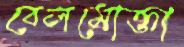
বেলমোক্তা